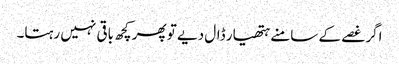
اگر غصے کے سامنے ہتھیار ڈال دیے تو پھر کچھ باقی نہیں رہتا۔